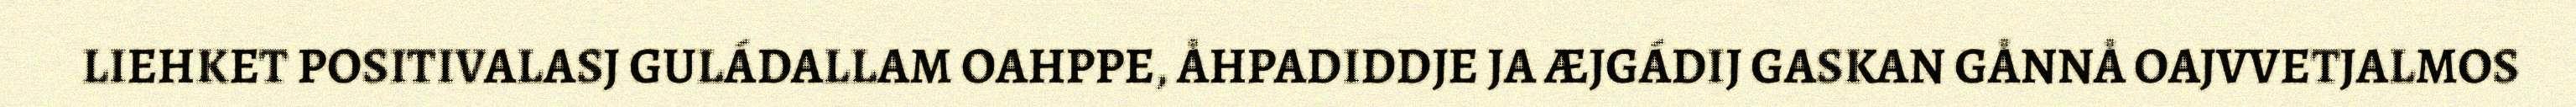
LIEHKET POSITIVALASJ GULÁDALLAM OAHPPE, ÅHPADIDDJE JA ÆJGÁDIJ GASKAN GÅNNÅ OAJVVETJALMOS